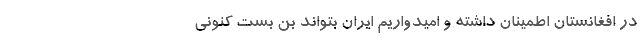
در افغانستان اطمینان داشته و امیدواریم ایران بتواند بن بست کنونی